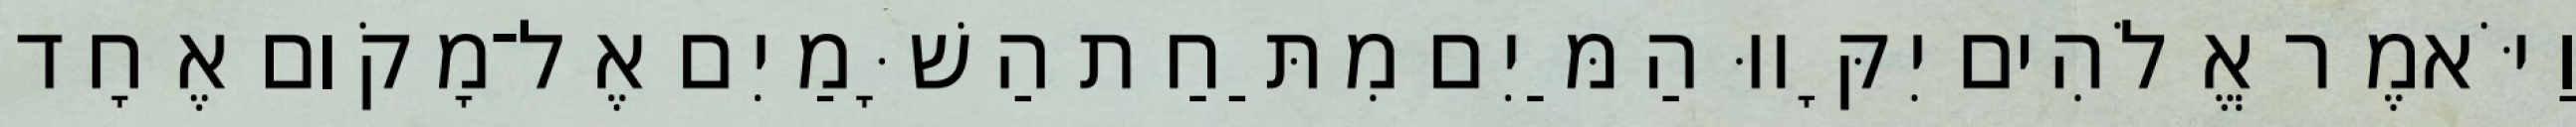
וַיֹּאמֶר אֱלֹהִים יִקָּווּ הַמַּיִם מִתַּחַת הַשָּׁמַיִם אֶל־מָקֹום אֶחָד